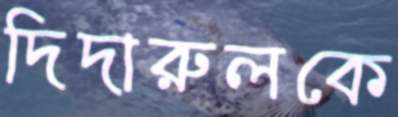
দিদারুলকে